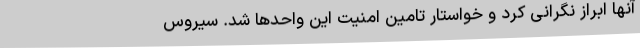
آنها ابراز نگرانی کرد و خواستار تامین امنیت این واحدها شد. سیروس